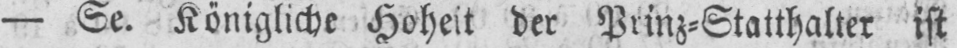
- Se. Königliche Hoheit der Prinz⸗Statthalter ist